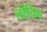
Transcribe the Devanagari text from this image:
लोचिंग